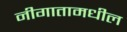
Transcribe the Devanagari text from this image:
नीगातामधील